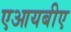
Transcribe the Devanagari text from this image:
एआयबीए